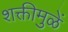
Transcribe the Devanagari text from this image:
शक्तीमुळें